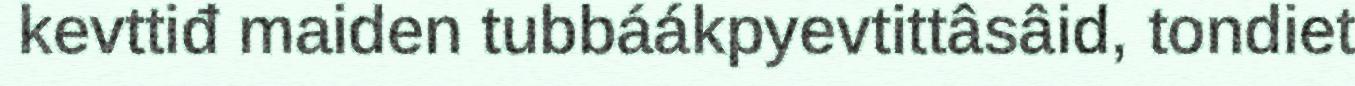
kevttiđ maiden tubbáákpyevtittâsâid, tondiet